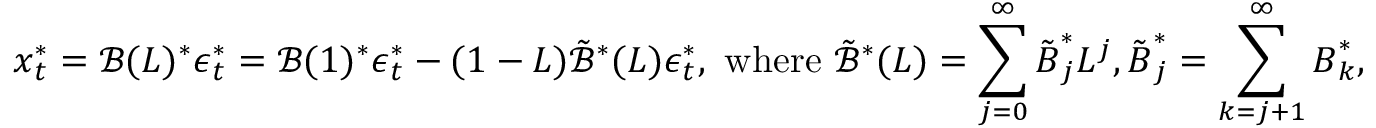
\boldsymbol { x } _ { t } ^ { * } = \mathcal { B } ( L ) ^ { * } \boldsymbol { \epsilon } _ { t } ^ { * } = \mathcal { B } ( 1 ) ^ { * } \boldsymbol { \epsilon } _ { t } ^ { * } - ( 1 - L ) \tilde { \mathcal { B } } ^ { * } ( L ) \boldsymbol { \epsilon } _ { t } ^ { * } , \mathrm { ~ w h e r e ~ } \tilde { \mathcal { B } } ^ { * } ( L ) = \sum _ { j = 0 } ^ { \infty } \tilde { \boldsymbol { B } } _ { j } ^ { * } L ^ { j } , \tilde { \boldsymbol { B } } _ { j } ^ { * } = \sum _ { k = j + 1 } ^ { \infty } \boldsymbol { B } _ { k } ^ { * } ,